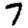
Digit: 7